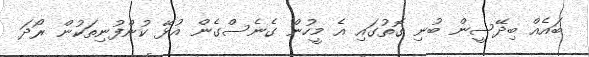
ބައެއް ބިދޭސީން ބުނި ގޮތުގައި އެ މީހުން ގެނެސްގެން އުޅޭ ކުންފުނިތަކުން ރޯދަ